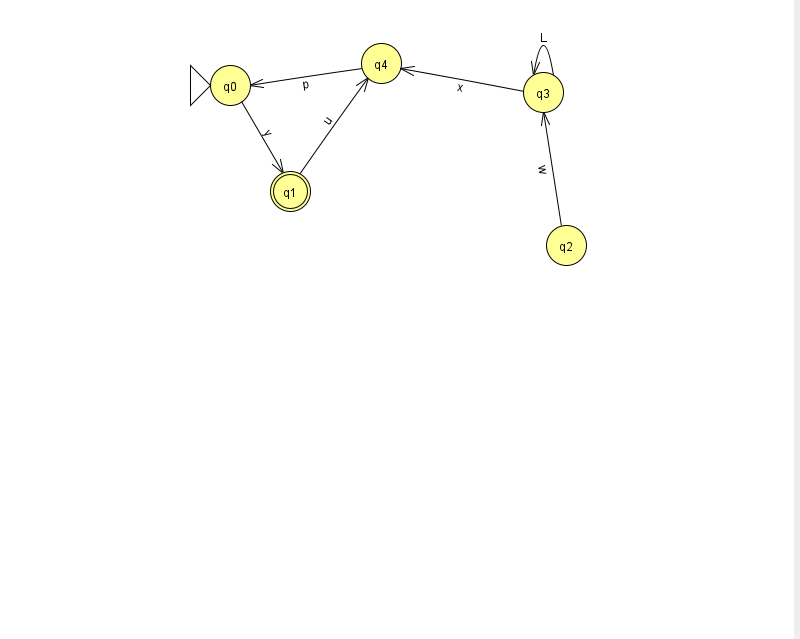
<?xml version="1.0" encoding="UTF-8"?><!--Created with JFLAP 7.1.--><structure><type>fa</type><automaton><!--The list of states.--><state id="0" name="q0"><x>230.0</x><y>72.0</y><initial/></state><state id="1" name="q1"><x>290.0</x><y>178.0</y><final/></state><state id="2" name="q2"><x>566.0</x><y>232.0</y></state><state id="3" name="q3"><x>543.0</x><y>79.0</y></state><state id="4" name="q4"><x>381.0</x><y>50.0</y></state><!--The list of transitions.--><transition><from>2</from><to>3</to><read>w</read></transition><transition><from>0</from><to>1</to><read>y</read></transition><transition><from>3</from><to>3</to><read>L</read></transition><transition><from>3</from><to>4</to><read>x</read></transition><transition><from>1</from><to>4</to><read>u</read></transition><transition><from>4</from><to>0</to><read>p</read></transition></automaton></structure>